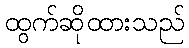
ထွက်ဆိုထားသည်